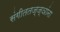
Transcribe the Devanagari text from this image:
संगीततज्ज्ञांना